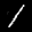
Label: 1